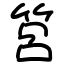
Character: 筥